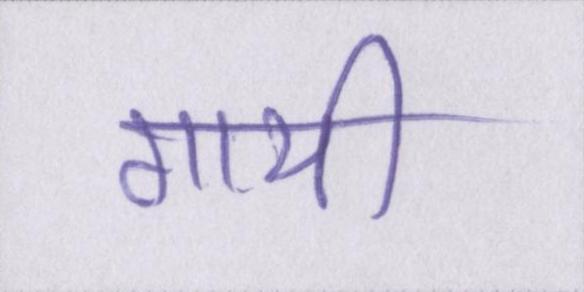
गायी